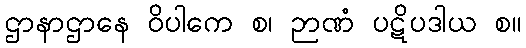
ဌာနာဌာနေ ဝိပါကေ စ၊ ဉာဏံ ပဋိပဒါယ စ။